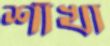
শাঁখা